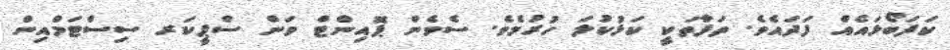
ކަފަބޯޅައެއް ފަދައެވެ. ތަފާތަކީ ކަޅުކުލަ ހުރުމެވެ. ސެވެން ޕޮއިންޓް ވަން ސްޕީކަރ ސިސްޓަމްއިން